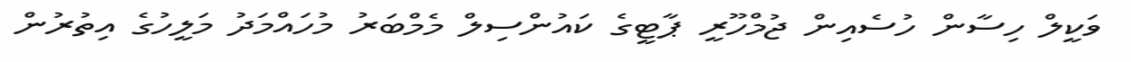
ވަކީލް ހިސާން ހުސެއިން ޖުމްހޫރީ ޕާޓީގެ ކައުންސިލް މެމްބަރު މުހައްމަދު މަލީހުގެ އިތުރުން